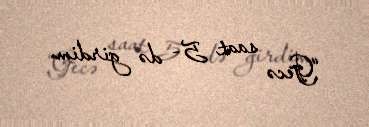
“Gecə saat 5- də girdim.